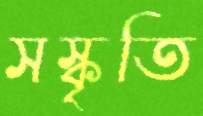
সস্কৃতি